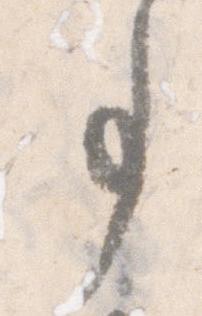
事